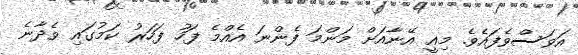
އަވަސްވެފައެވެ. މިއީ އޭނާއަށް މަންމަ ފެންނަ އެއްމެ ފަހު ފަހަރު ކަމުގައި ވެދާނެ